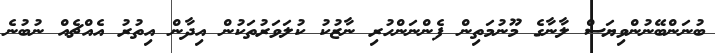
ބުނަންބޭނުންވިޔަސް ލާނާގެ މޫނުމަތިން ފެންނަންހުރި ނާޒުކު ކުލަވަރުތަކުން އިދާން އިތުރު އެއްޗެއް ނުބުނެ